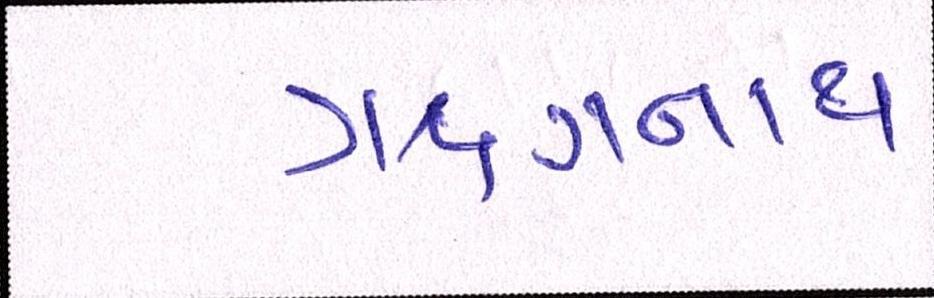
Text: ઋગનાથ